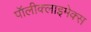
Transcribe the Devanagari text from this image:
पॉलीक्लाइमेक्स